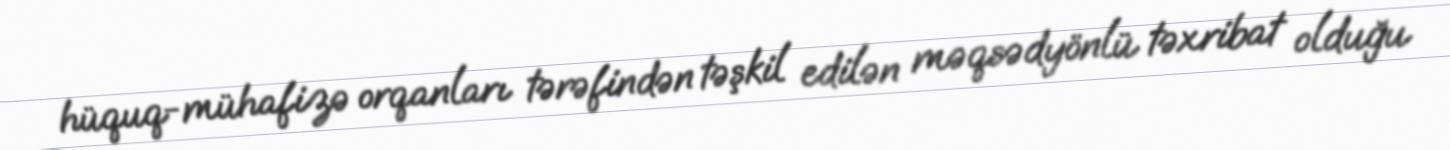
hüquq-mühafizə orqanları tərəfindən təşkil edilən məqsədyönlü təxribat olduğu